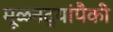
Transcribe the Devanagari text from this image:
मूळनद्यांपैकी